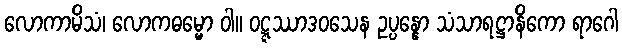
လောကာမိသံ၊ လောကဓမ္မော ဝါ။ ဝဋ္ဋဿာဒဝသေန ဥပ္ပန္နော သံသာရဋ္ဌာနိကော ရာဂေါ